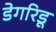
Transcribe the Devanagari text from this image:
डेगरिडू